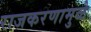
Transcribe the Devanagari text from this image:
राजकरणामुळे